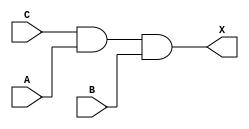
module sky130_fd_sc_hvl__and3 (
    X,
    A,
    B,
    C
);

    // Module ports
    output X;
    input  A;
    input  B;
    input  C;

    // Module supplies
    supply1 VPWR;
    supply0 VGND;
    supply1 VPB ;
    supply0 VNB ;

    // Local signals
    wire and0_out_X;

    //  Name  Output      Other arguments
    and and0 (and0_out_X, C, A, B        );
    buf buf0 (X         , and0_out_X     );

endmodule